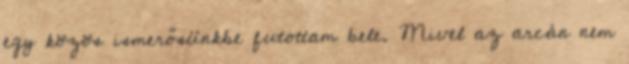
egy közös ismerősünkbe futottam bele. Mivel az arcán nem